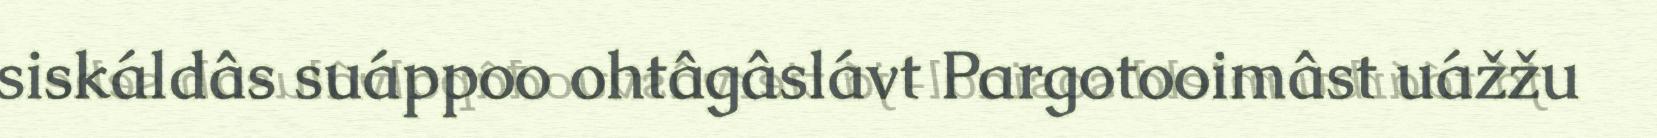
siskáldâs suáppoo ohtâgâslávt Pargotooimâst uážžu